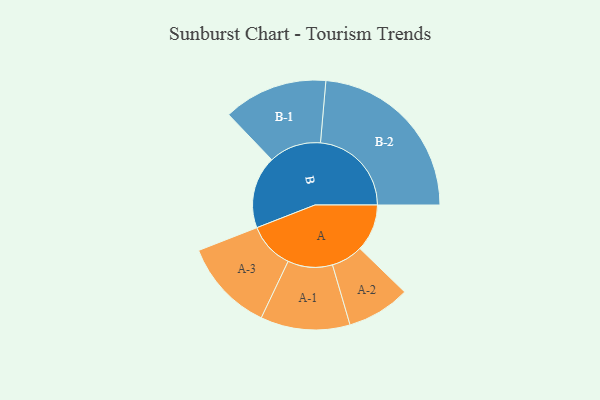
{"axis": {"x": "Segment", "y": "Value"}, "legend": ["", "A", "B"], "data": [{"x": "A", "y": 152, "type": ""}, {"x": "B", "y": 233, "type": ""}, {"x": "A-1", "y": 144, "type": "A"}, {"x": "A-2", "y": 102, "type": "A"}, {"x": "A-3", "y": 149, "type": "A"}, {"x": "B-1", "y": 168, "type": "B"}, {"x": "B-2", "y": 293, "type": "B"}]}